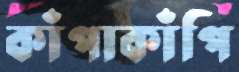
কাঁপাকাঁপি